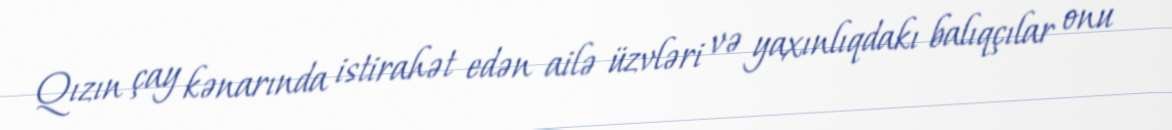
Qızın çay kənarında istirahət edən ailə üzvləri və yaxınlıqdakı balıqçılar onu